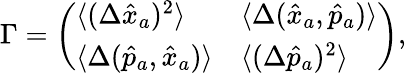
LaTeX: \begin{array}{r}{\Gamma=\left(\begin{array}{ll}{\langle(\Delta\hat{x}_{a})^{2}\rangle}&{\langle\Delta(\hat{x}_{a},\hat{p}_{a})\rangle}\\ {\langle\Delta(\hat{p}_{a},\hat{x}_{a})\rangle}&{\langle(\Delta\hat{p}_{a})^{2}\rangle}\end{array}\right),}\end{array}